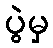
ပွဲမှ